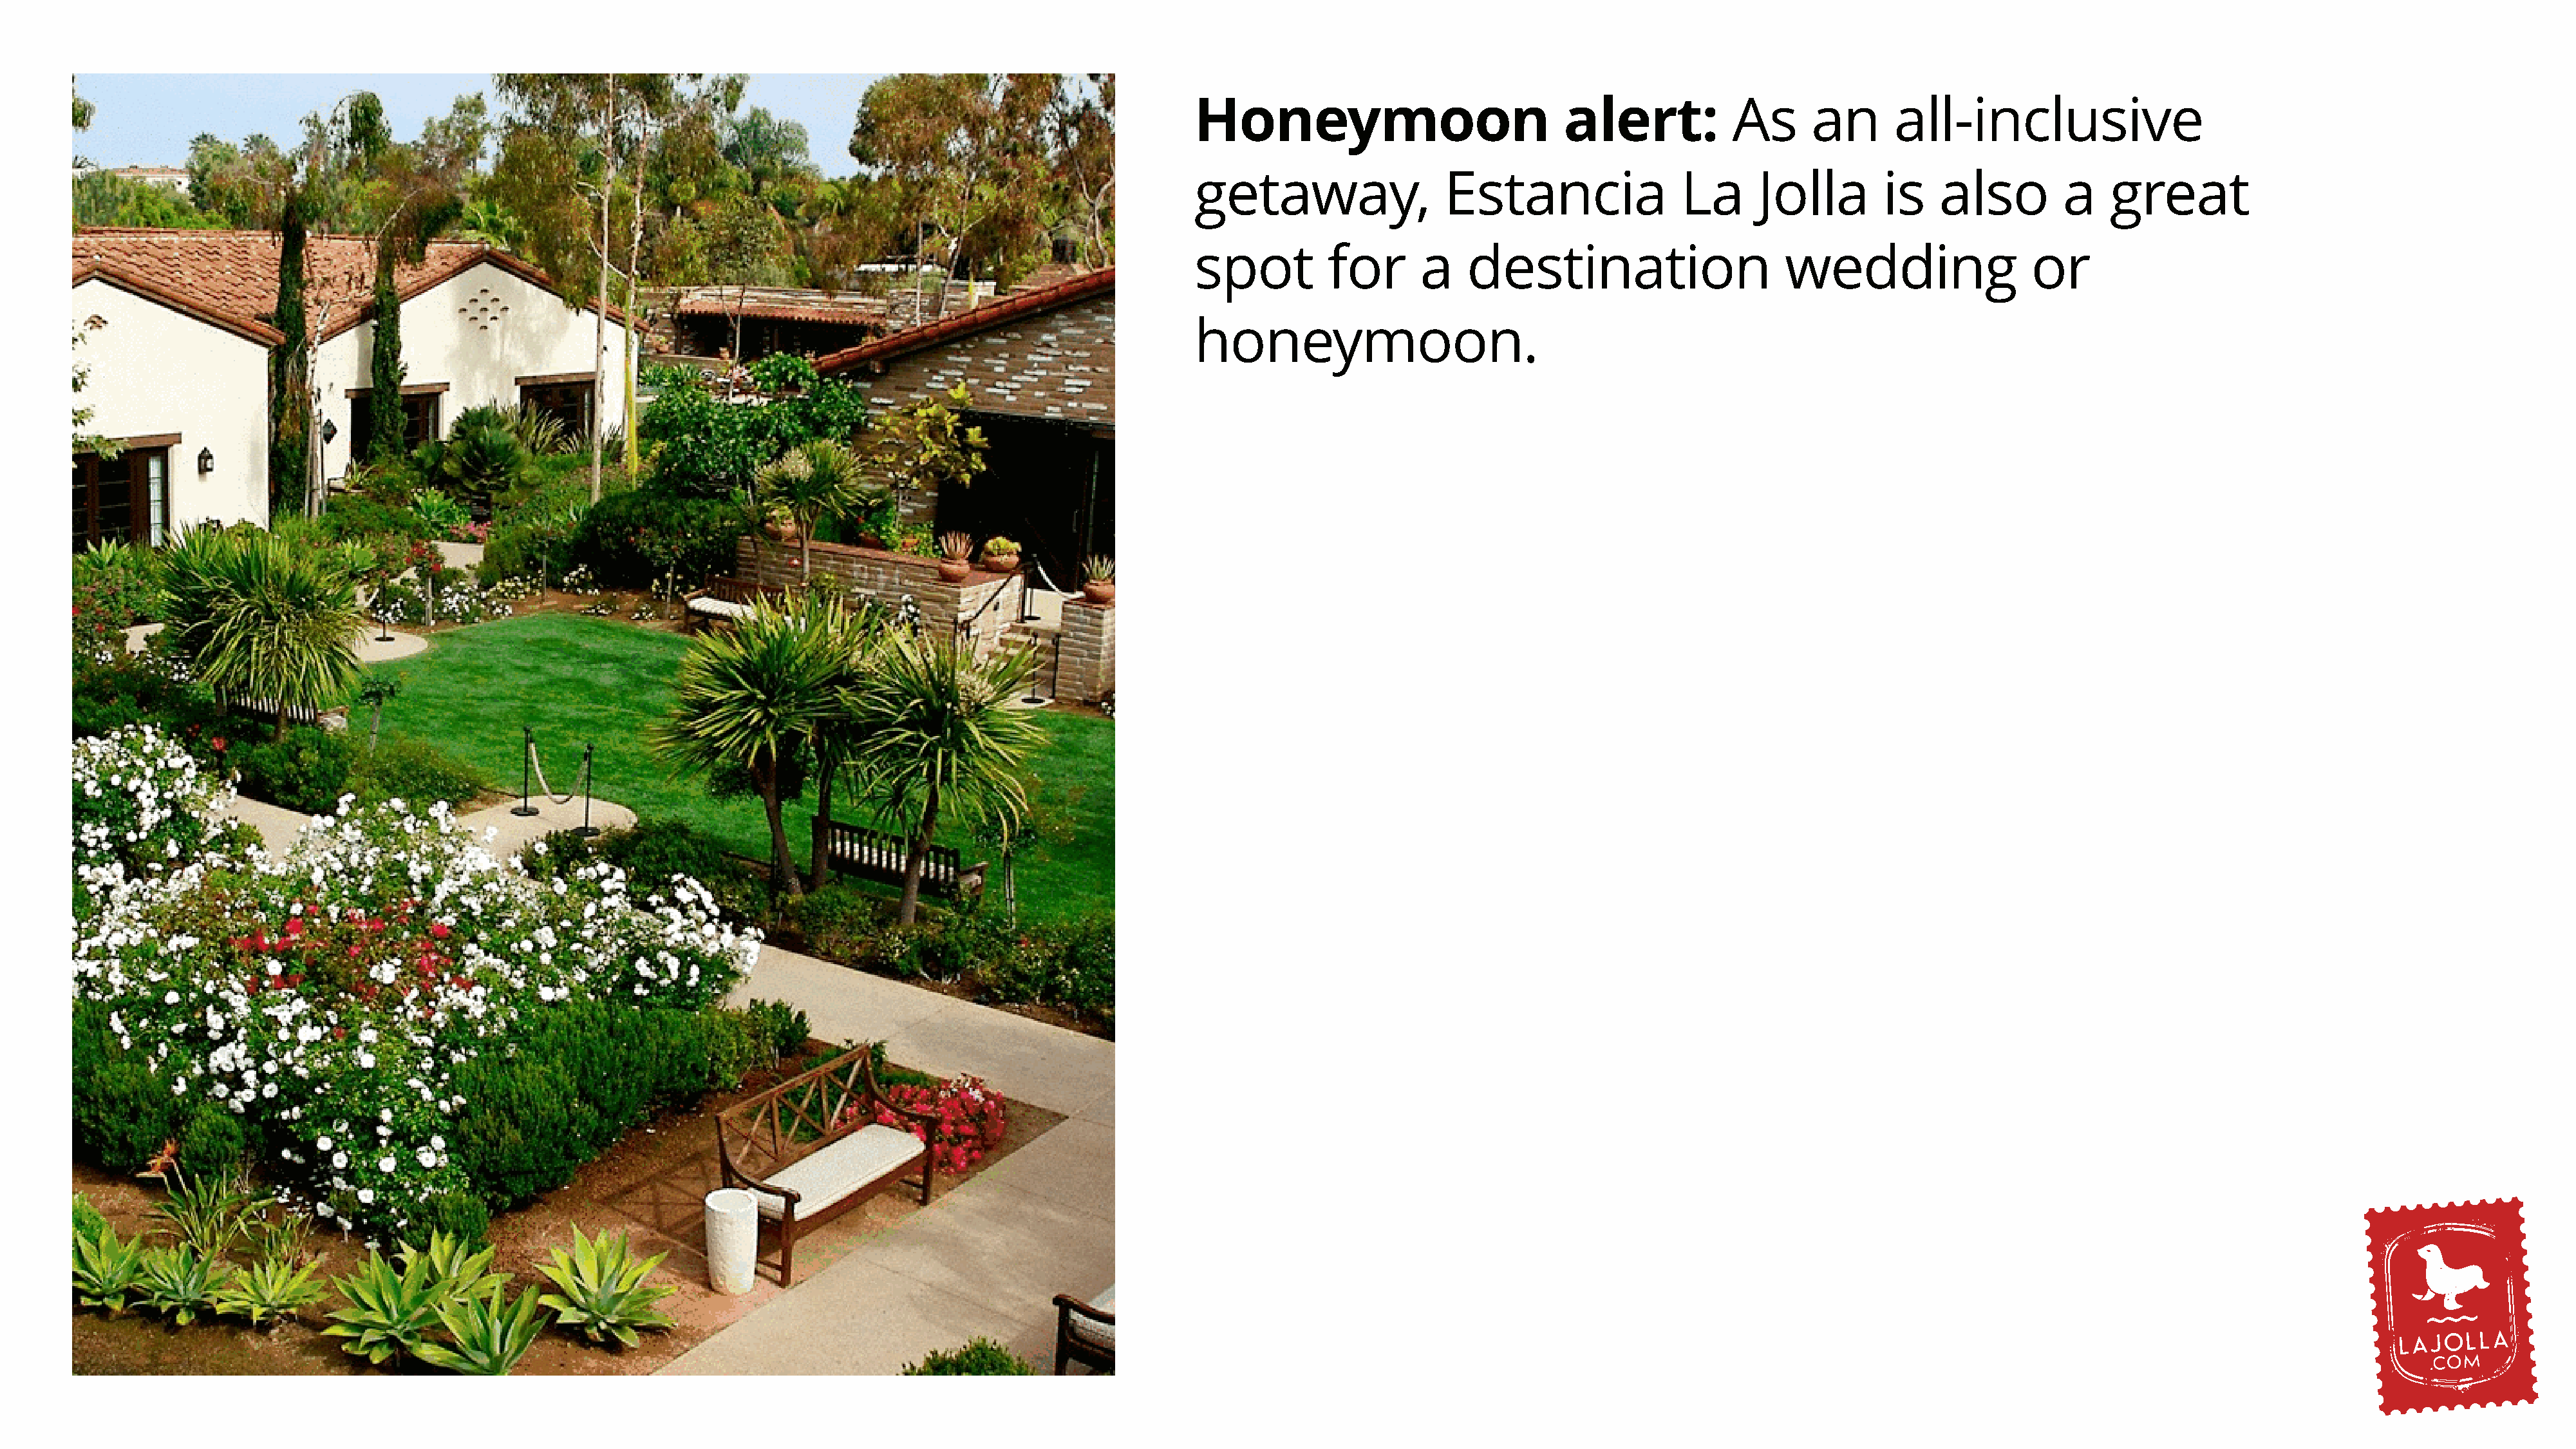
Honeymoon                             alert:           As      an       all-inclusive
 getaway,                 Estancia                 La      Jolla        is   also         a    great
 spot         for       a    destination                     wedding                   or
 honeymoon.